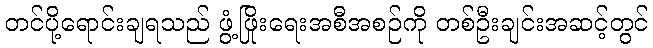
တင်ပို့ရောင်းချရသည် ဖွံ့ဖြိုးရေးအစီအစဉ်ကို တစ်ဦးချင်းအဆင့်တွင်